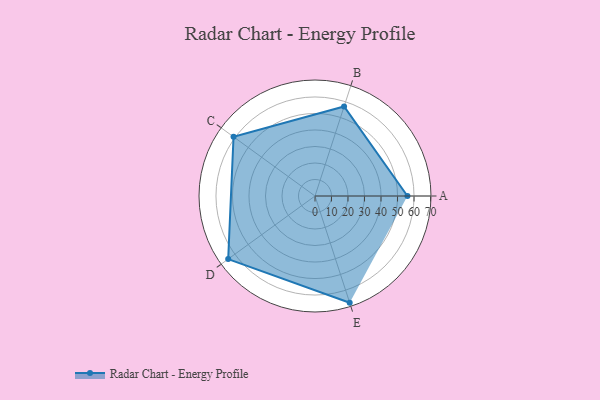
{"axis": {"x": "Skill", "y": "Score"}, "legend": ["Profile"], "data": [{"x": "A", "y": 56.0, "type": "Profile"}, {"x": "B", "y": 57.0, "type": "Profile"}, {"x": "C", "y": 61.0, "type": "Profile"}, {"x": "D", "y": 65.0, "type": "Profile"}, {"x": "E", "y": 68.0, "type": "Profile"}]}